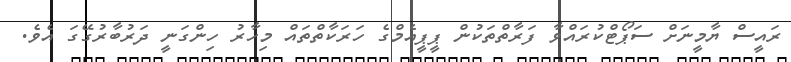
ރައީސް ޔާމީނަށް ސަޕޯޓްކުރައްވާ ފަރާތްތަކުން ޕީޕީއެމްގެ ހަރަކާތްތައް މިހާރު ހިންގަނީ ދަރުބާރުގޭގަ އެވެ.